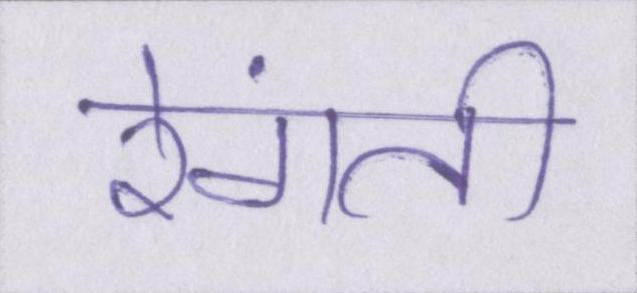
रेंगती